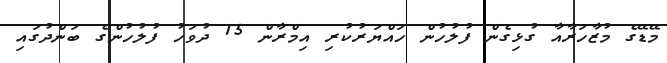
މޭޑޭގެ މުޒާހަރާއާ ގުޅިގެން ފުލުހުން ހައްޔަރުކުރި އިމްރާން 15 ދުވަހު ފުލުހުންގެ ބަންދުގައި